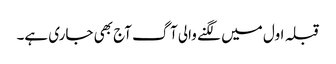
قبلہ اول میں لگنے والی آگ آج بھی جاری ہے۔